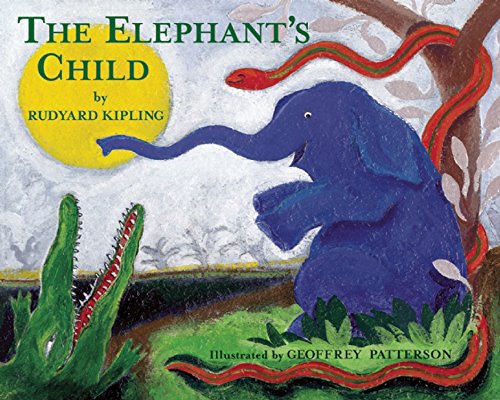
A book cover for Elephant's Child; Rudyard Kipling; Children's Books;